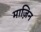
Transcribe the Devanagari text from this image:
माज़िन